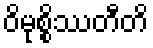
ဝိမုစ္စိဿတီတိ